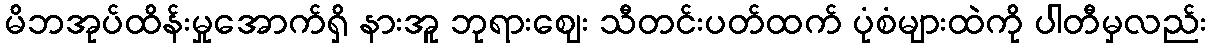
မိဘအုပ်ထိန်းမှုအောက်ရှိ နားအူ ဘုရားဈေး သီတင်းပတ်ထက် ပုံစံများထဲကို ပါတီမှလည်း